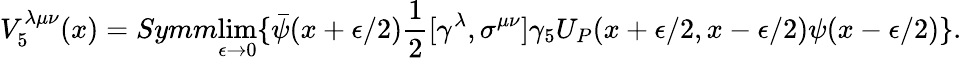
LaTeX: V_{5}^{\lambda\mu\nu}(x)=Symm{\operatorname*{lim}_{\epsilon\rightarrow 0}}\{ \bar{\psi}(x+\epsilon/2)\frac{1}{2}[\gamma^{\lambda},\sigma^{\mu\nu}]\gamma_{5}U_{P}(x+\epsilon/2,x-\epsilon/2)\psi(x-\epsilon/2)\} .